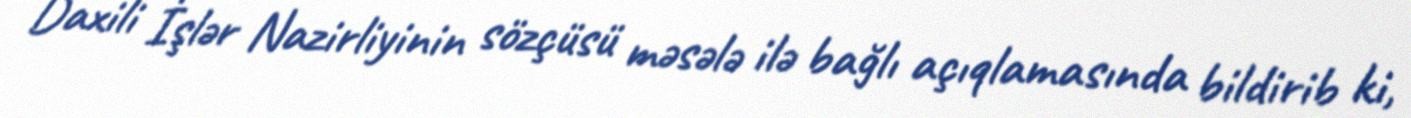
Daxili İşlər Nazirliyinin sözçüsü məsələ ilə bağlı açıqlamasında bildirib ki,